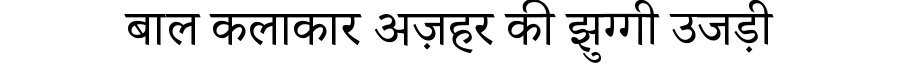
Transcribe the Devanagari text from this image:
बाल कलाकार अज़हर की झुग्गी उजड़ी